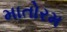
માતોરમ